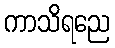
ကာသိရညေ